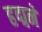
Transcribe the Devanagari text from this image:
हद्मने